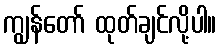
ကျွန်တော် ထုတ်ချင်လို့ပါ။